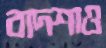
বাদশাও